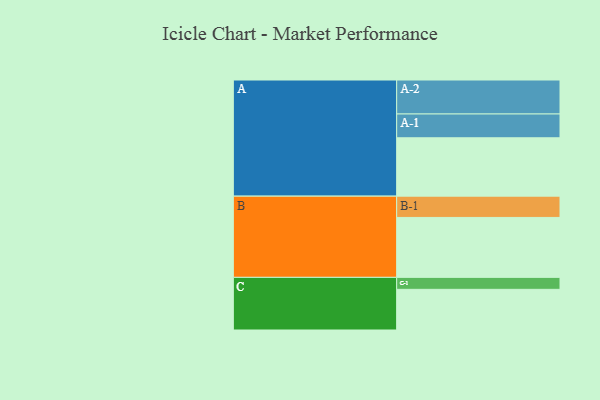
{"axis": {"x": "Segment", "y": "Value"}, "legend": ["", "A", "B", "C"], "data": [{"x": "A", "y": 488, "type": ""}, {"x": "B", "y": 501, "type": ""}, {"x": "C", "y": 340, "type": ""}, {"x": "A-1", "y": 199, "type": "A"}, {"x": "A-2", "y": 284, "type": "A"}, {"x": "B-1", "y": 178, "type": "B"}, {"x": "C-1", "y": 100, "type": "C"}]}